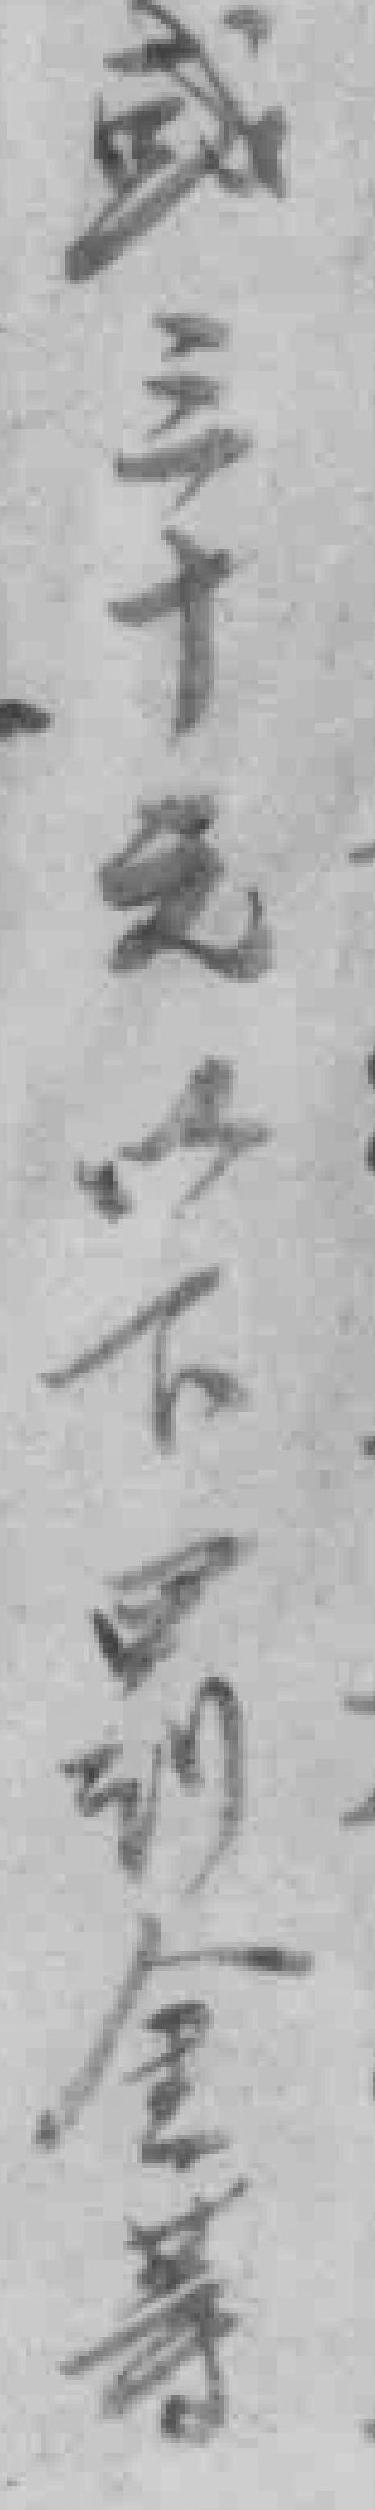
或三十元以下罚金䓁